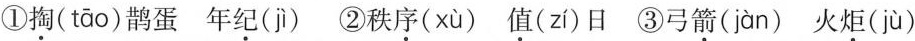
①掏( tāo )鹊蛋 年纪( jì ) ②秩序( xù ) 值( zí )日 ③弓箭( jàn ) 火炬( jù )